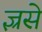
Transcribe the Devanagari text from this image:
ज्ञ्रसे